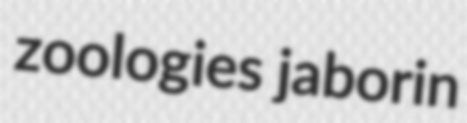
zoologies jaborin